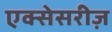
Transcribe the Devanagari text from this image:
एक्सेसरीज़